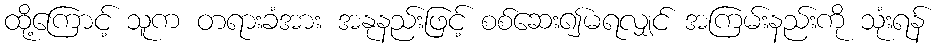
ထို့ကြောင့် သူက တရားခံအား အနုနည်းဖြင့် စစ်ဆေး၍မရလျှင် အကြမ်းနည်းကို သုံးရန်